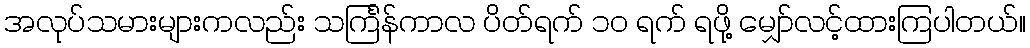
အလုပ်သမားများကလည်း သင်္ကြန်ကာလ ပိတ်ရက် ၁၀ ရက် ရဖို့ မျှော်လင့်ထားကြပါတယ်။